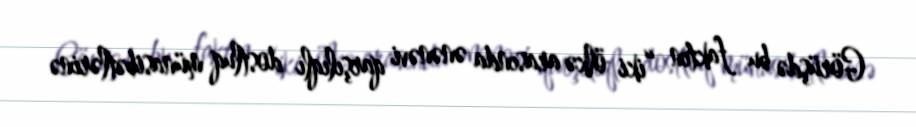
Görüşdə bu faktın “iki ölkə arasında ənənəvi qarşılıqlı dostluq münasibətlərinə